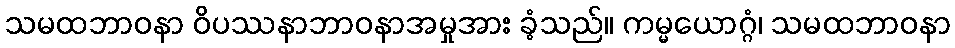
သမထဘာဝနာ ဝိပဿနာဘာဝနာအမှုအား ခံ့သည်။ ကမ္မယောဂ္ဂံ၊ သမထဘာဝနာ